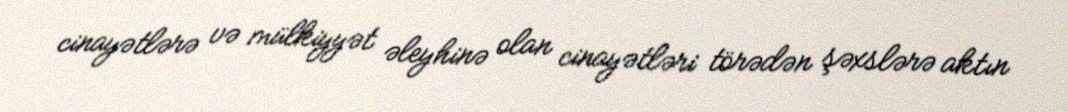
cinayətlərə və mülkiyyət əleyhinə olan cinayətləri törədən şəxslərə aktın